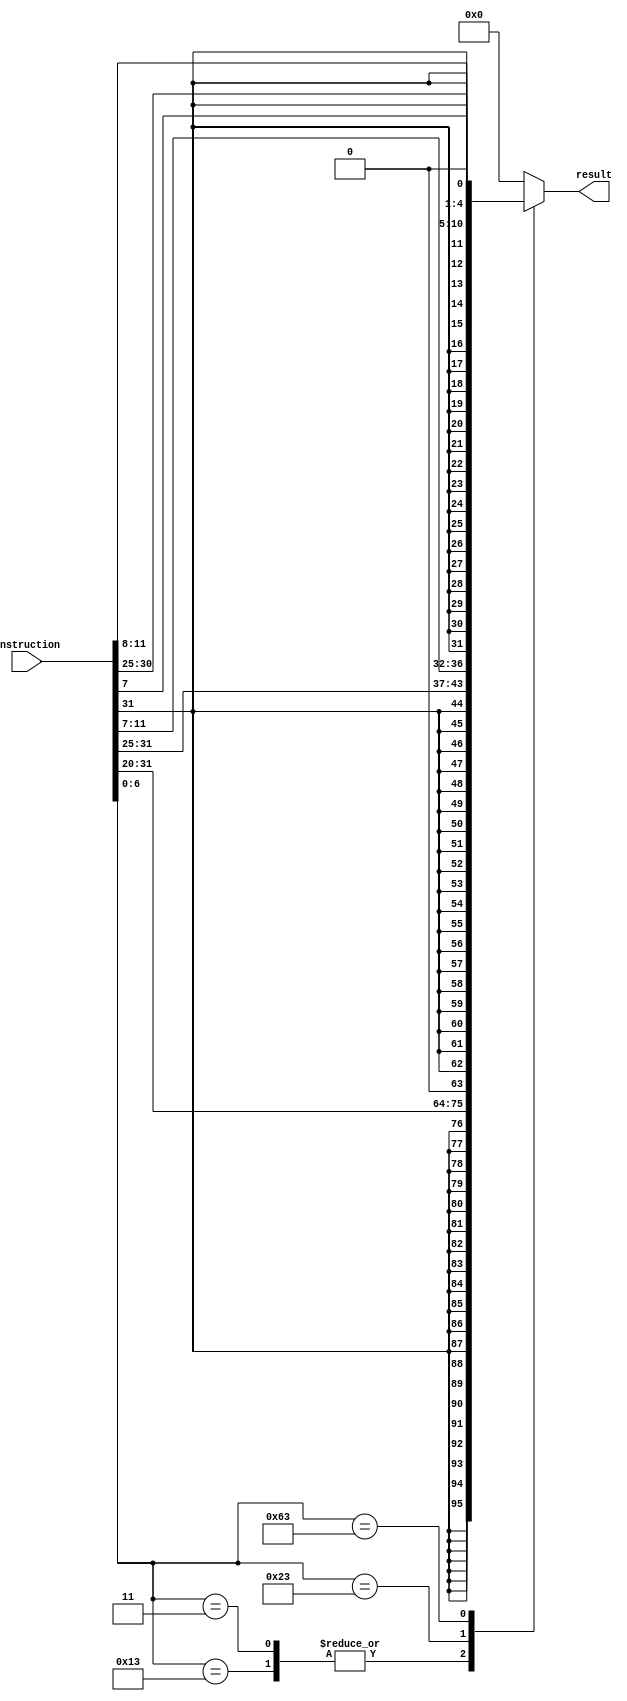
module immediategen(instruction, result);

    input [31:0] instruction;

    output reg [31:0] result;

    always @ (instruction)
        begin
            case (instruction[6:0])
                7'b0000011, 7'b0010011: result <= {{20{instruction[31]}}, instruction[31:20]};
                7'b0100011: result <= {{19{instruction[31]}}, instruction[31:25], instruction[11:7]};
                7'b1100011: result <= {{19{instruction[31]}}, instruction[31], instruction[7], instruction[30:25], instruction[11:8], 1'b0};
                default: result <= 0;
            endcase
        end

endmodule